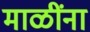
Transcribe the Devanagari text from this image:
माळींना